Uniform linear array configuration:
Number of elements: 48
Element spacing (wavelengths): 0.75
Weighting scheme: binomial
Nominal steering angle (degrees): -15
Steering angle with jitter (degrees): -13.889
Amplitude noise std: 0.05
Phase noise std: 0.05

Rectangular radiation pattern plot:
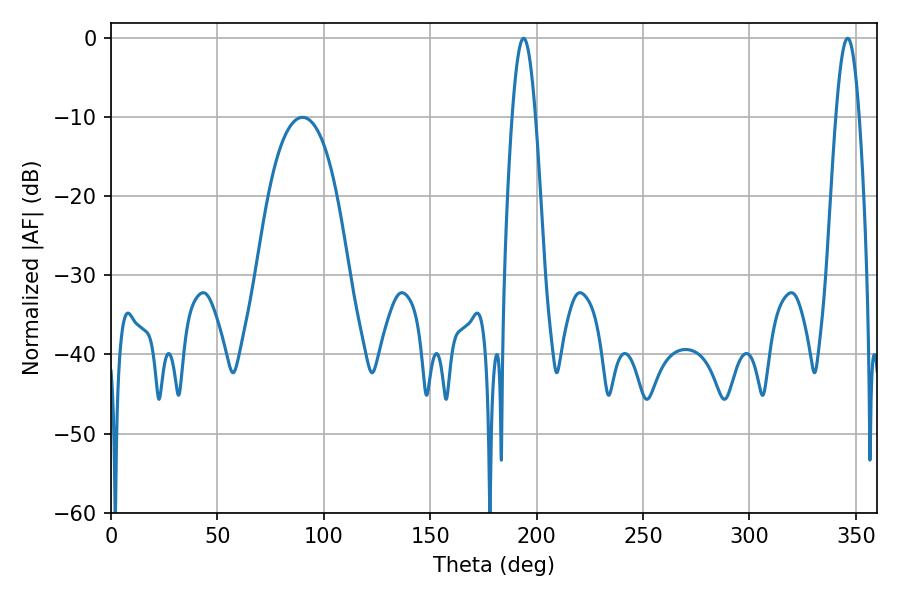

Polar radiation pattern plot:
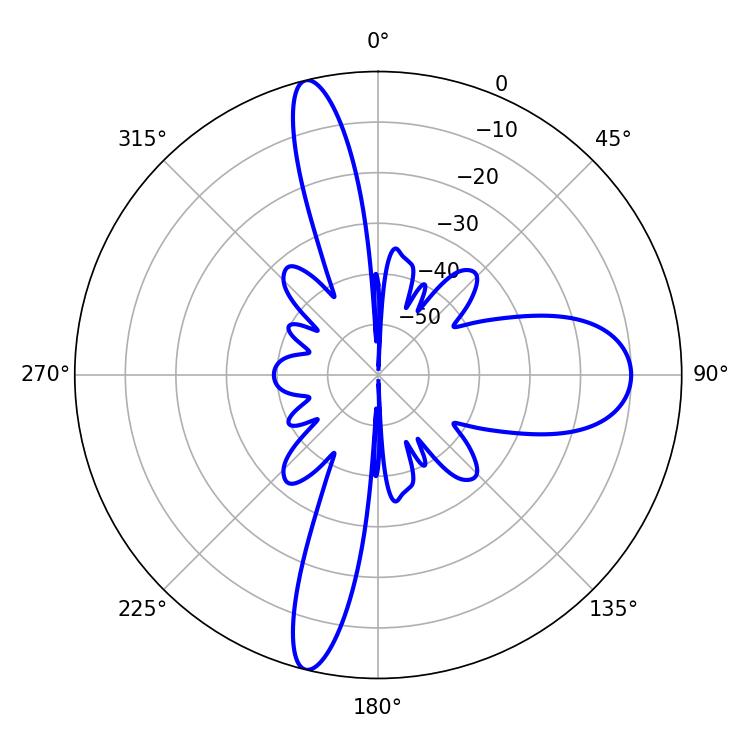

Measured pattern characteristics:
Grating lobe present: TRUE
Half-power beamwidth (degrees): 5.94
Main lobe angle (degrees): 193.86